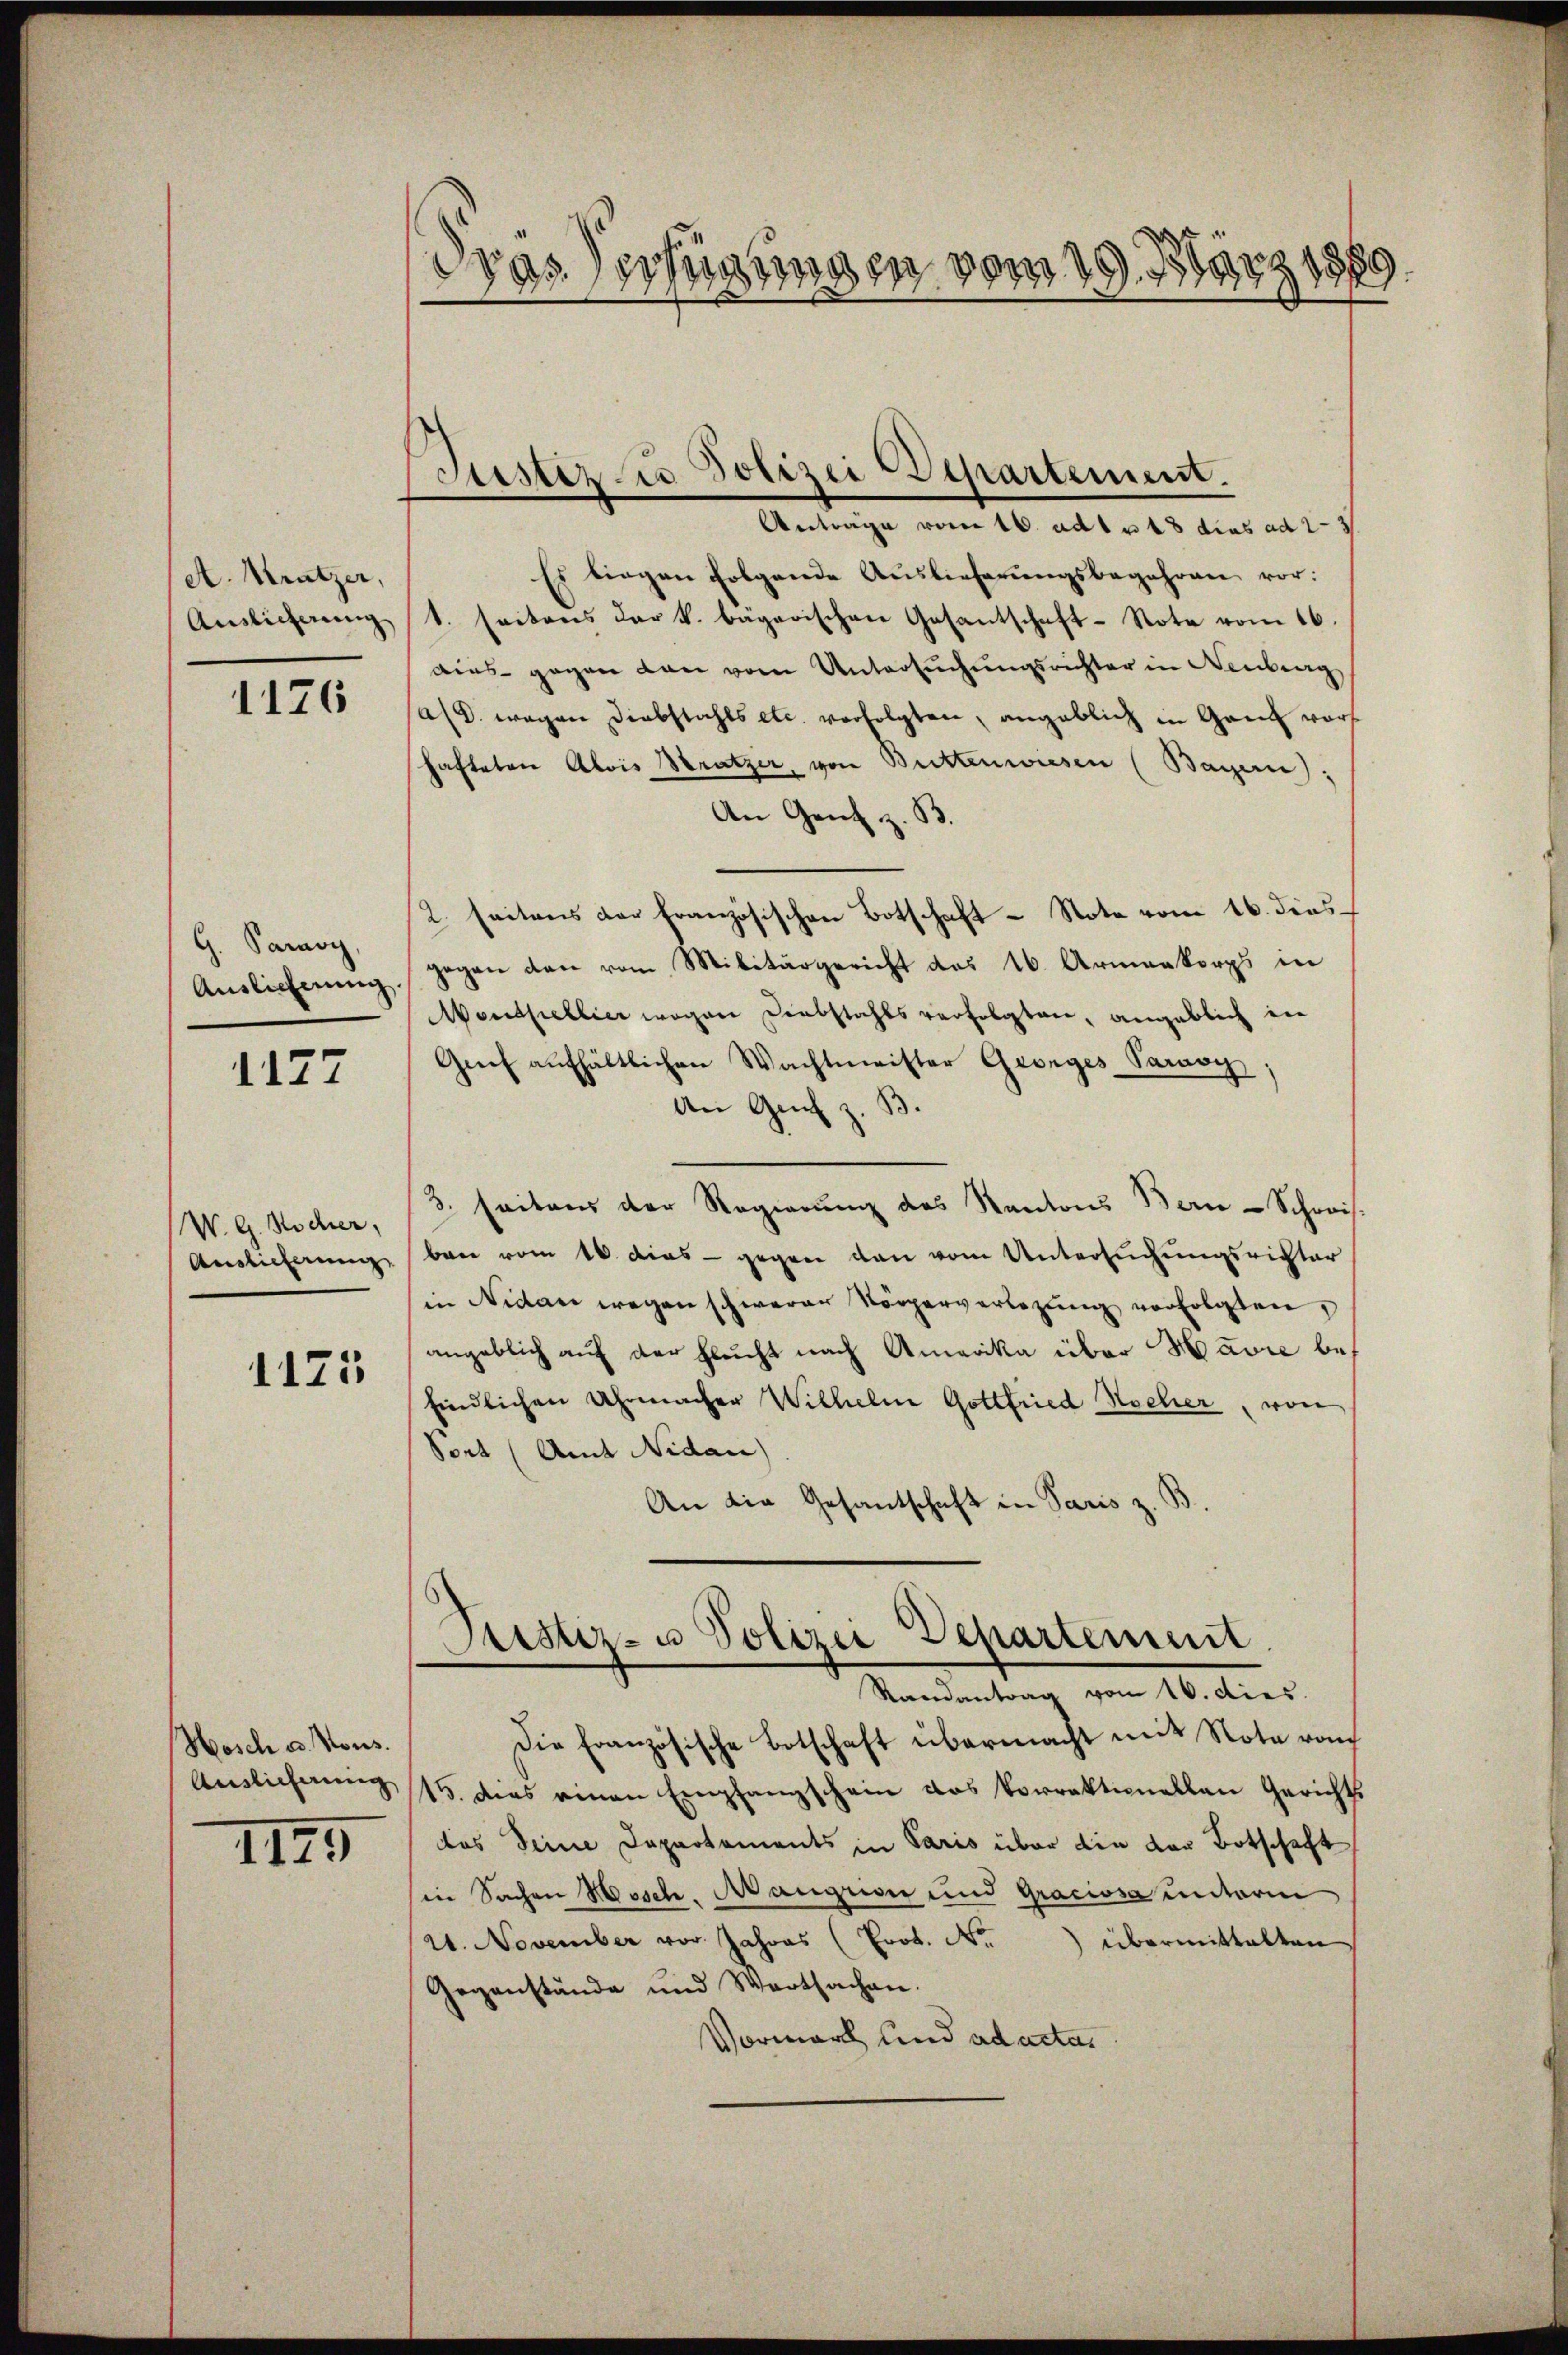
A. Kratzer,
Auslicherung

1176

G. Savoy
Auslieferung.

1127

W. G. Sacher,
Auslieferung

1173

Hosch u. Nous.
Auslieferung

1145

d
Fras Verfügungen vom 19. März 187

Justiz zur Polizei Departement.

Antrage vom 16. ad 1 u 18 dies ad 2-3
Es liegen folgende Auslieferŭngsbegehren vor:
1. seitens der k. bägarischen Gesantschaft-Note vom 16.
aies gegen dann vom Untersuchungsrichter in Neuberg
ald. wegen Diebstahls etc. verfolgten, angeblich in Ganz wars
hafteten Alois Stratzer, von Buttenwiesen (Bayern):
An Gent z. B.
2. seitens der französischen Botschaft - Note vom 16. dies
gegen den vom Militärgericht des 16. Armenkorps in
Monthellier wegen Diebstahls verfolgten, angeblich in
Grf aufhältlichen Wachtmeister Georges Paravy
An Genf z.
3. seitens der Regierung des Kantons Bern-Schrei
ban vom 16. dies - gegen den vom Untersuchungsrichter
in Nidau wegen schwerer Körperverlegŭng verfolgten,
angeblich auf der Gleicht nach Amerika über Havre be¬
Eindlichen Uhrmacher Wilhelm Gottfried Hocher, von
Sort (Amt Nidau)
An die Gesantschaft in Paris z. B.
Justiz- u Polizei Departenmit
Randantrag von 10. dies
Die Französische Botschaft übermacht mit Note von
15. das einen Empfangschein das Vorrektionellen Gericht
das Seine Departements in Paris über die von Botschaft
in Sachen Mosch. Mangrisir und Graciosa unterm
21. November vor Jahres (Prot. No. übermittalten
Gegenstände und Wertsachen.
Vormark und ad acta